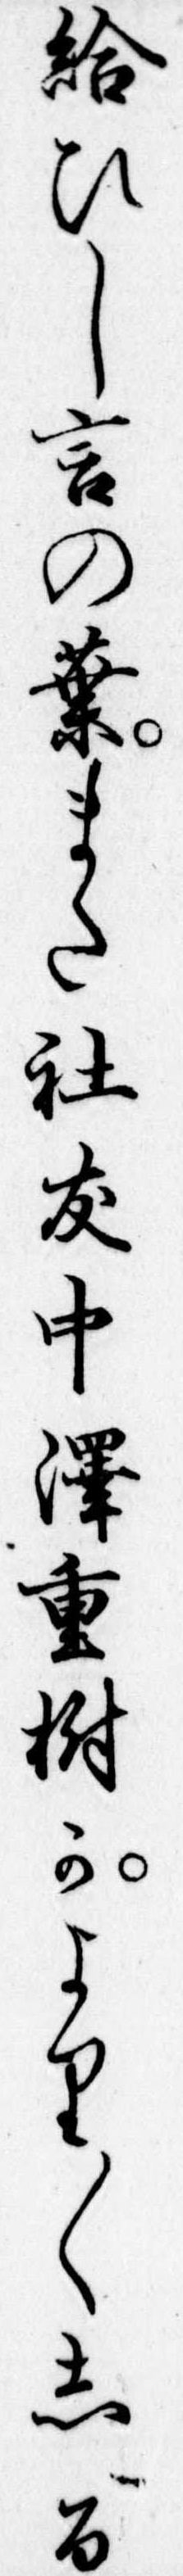
給ひし言の葉また社友中沢重樹かより〱しる